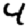
Digit: 4